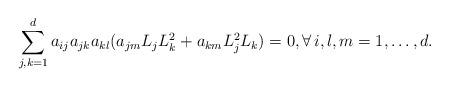
LaTeX: \begin{align*}\sum_{j,k=1}^d a_{ij} a_{jk} a_{kl}(a_{jm} L_jL_k^2+ a_{km}L_j^2L_k ) =0, \forall \, i, l, m =1,\dots,d.\end{align*}